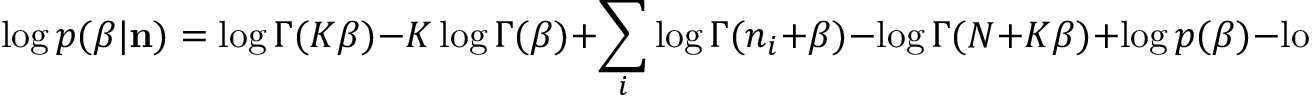
\log p ( \beta | { \bf n } ) = \log \Gamma ( K \beta ) - K \log \Gamma ( \beta ) + \sum _ { i } \log \Gamma ( n _ { i } + \beta ) - \log \Gamma ( N + K \beta ) + \log p ( \beta ) - \log p ( { \bf n } )